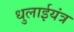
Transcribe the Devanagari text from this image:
धुलाईयंत्र